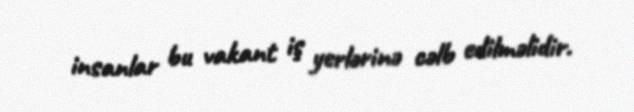
insanlar bu vakant iş yerlərinə cəlb edilməlidir.